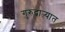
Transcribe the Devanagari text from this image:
गुरुद्वाऱ्यात